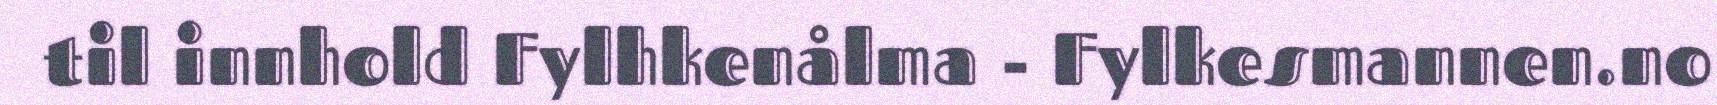
til innhold Fylhkenålma - Fylkesmannen.no